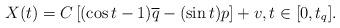
LaTeX: \begin{align*}X(t) = C \left[ (\cos t - 1) \overline{q} - (\sin t) p \right] + v, t \in [0, t_q].\end{align*}